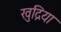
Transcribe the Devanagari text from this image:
खुद्रिया